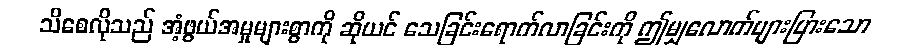
သိစေလိုသည် အံ့ဖွယ်အမှုများစွာကို ဆိုယင် သေခြင်းရောက်လာခြင်းကို ဤမျှလောက်များပြားသော